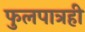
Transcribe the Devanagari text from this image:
फुलपात्रही